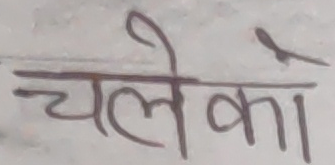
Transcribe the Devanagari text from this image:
चलेका